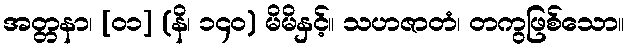
အတ္တနာ၊ [၀၁] (နိ၊ ၁၄၀) မိမိနှင့်။ သဟဇာတံ၊ တကွဖြစ်သော။